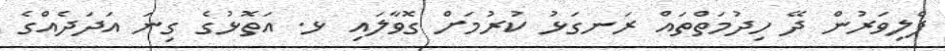
ފެލިވަރުން ދޭ ހިދުމަތްތައް ރަނގަޅު ކުރުމަށް ގޮވާލައި ޅ. އަތޮޅުގެ ގިނަ އަދަދެއްގެ